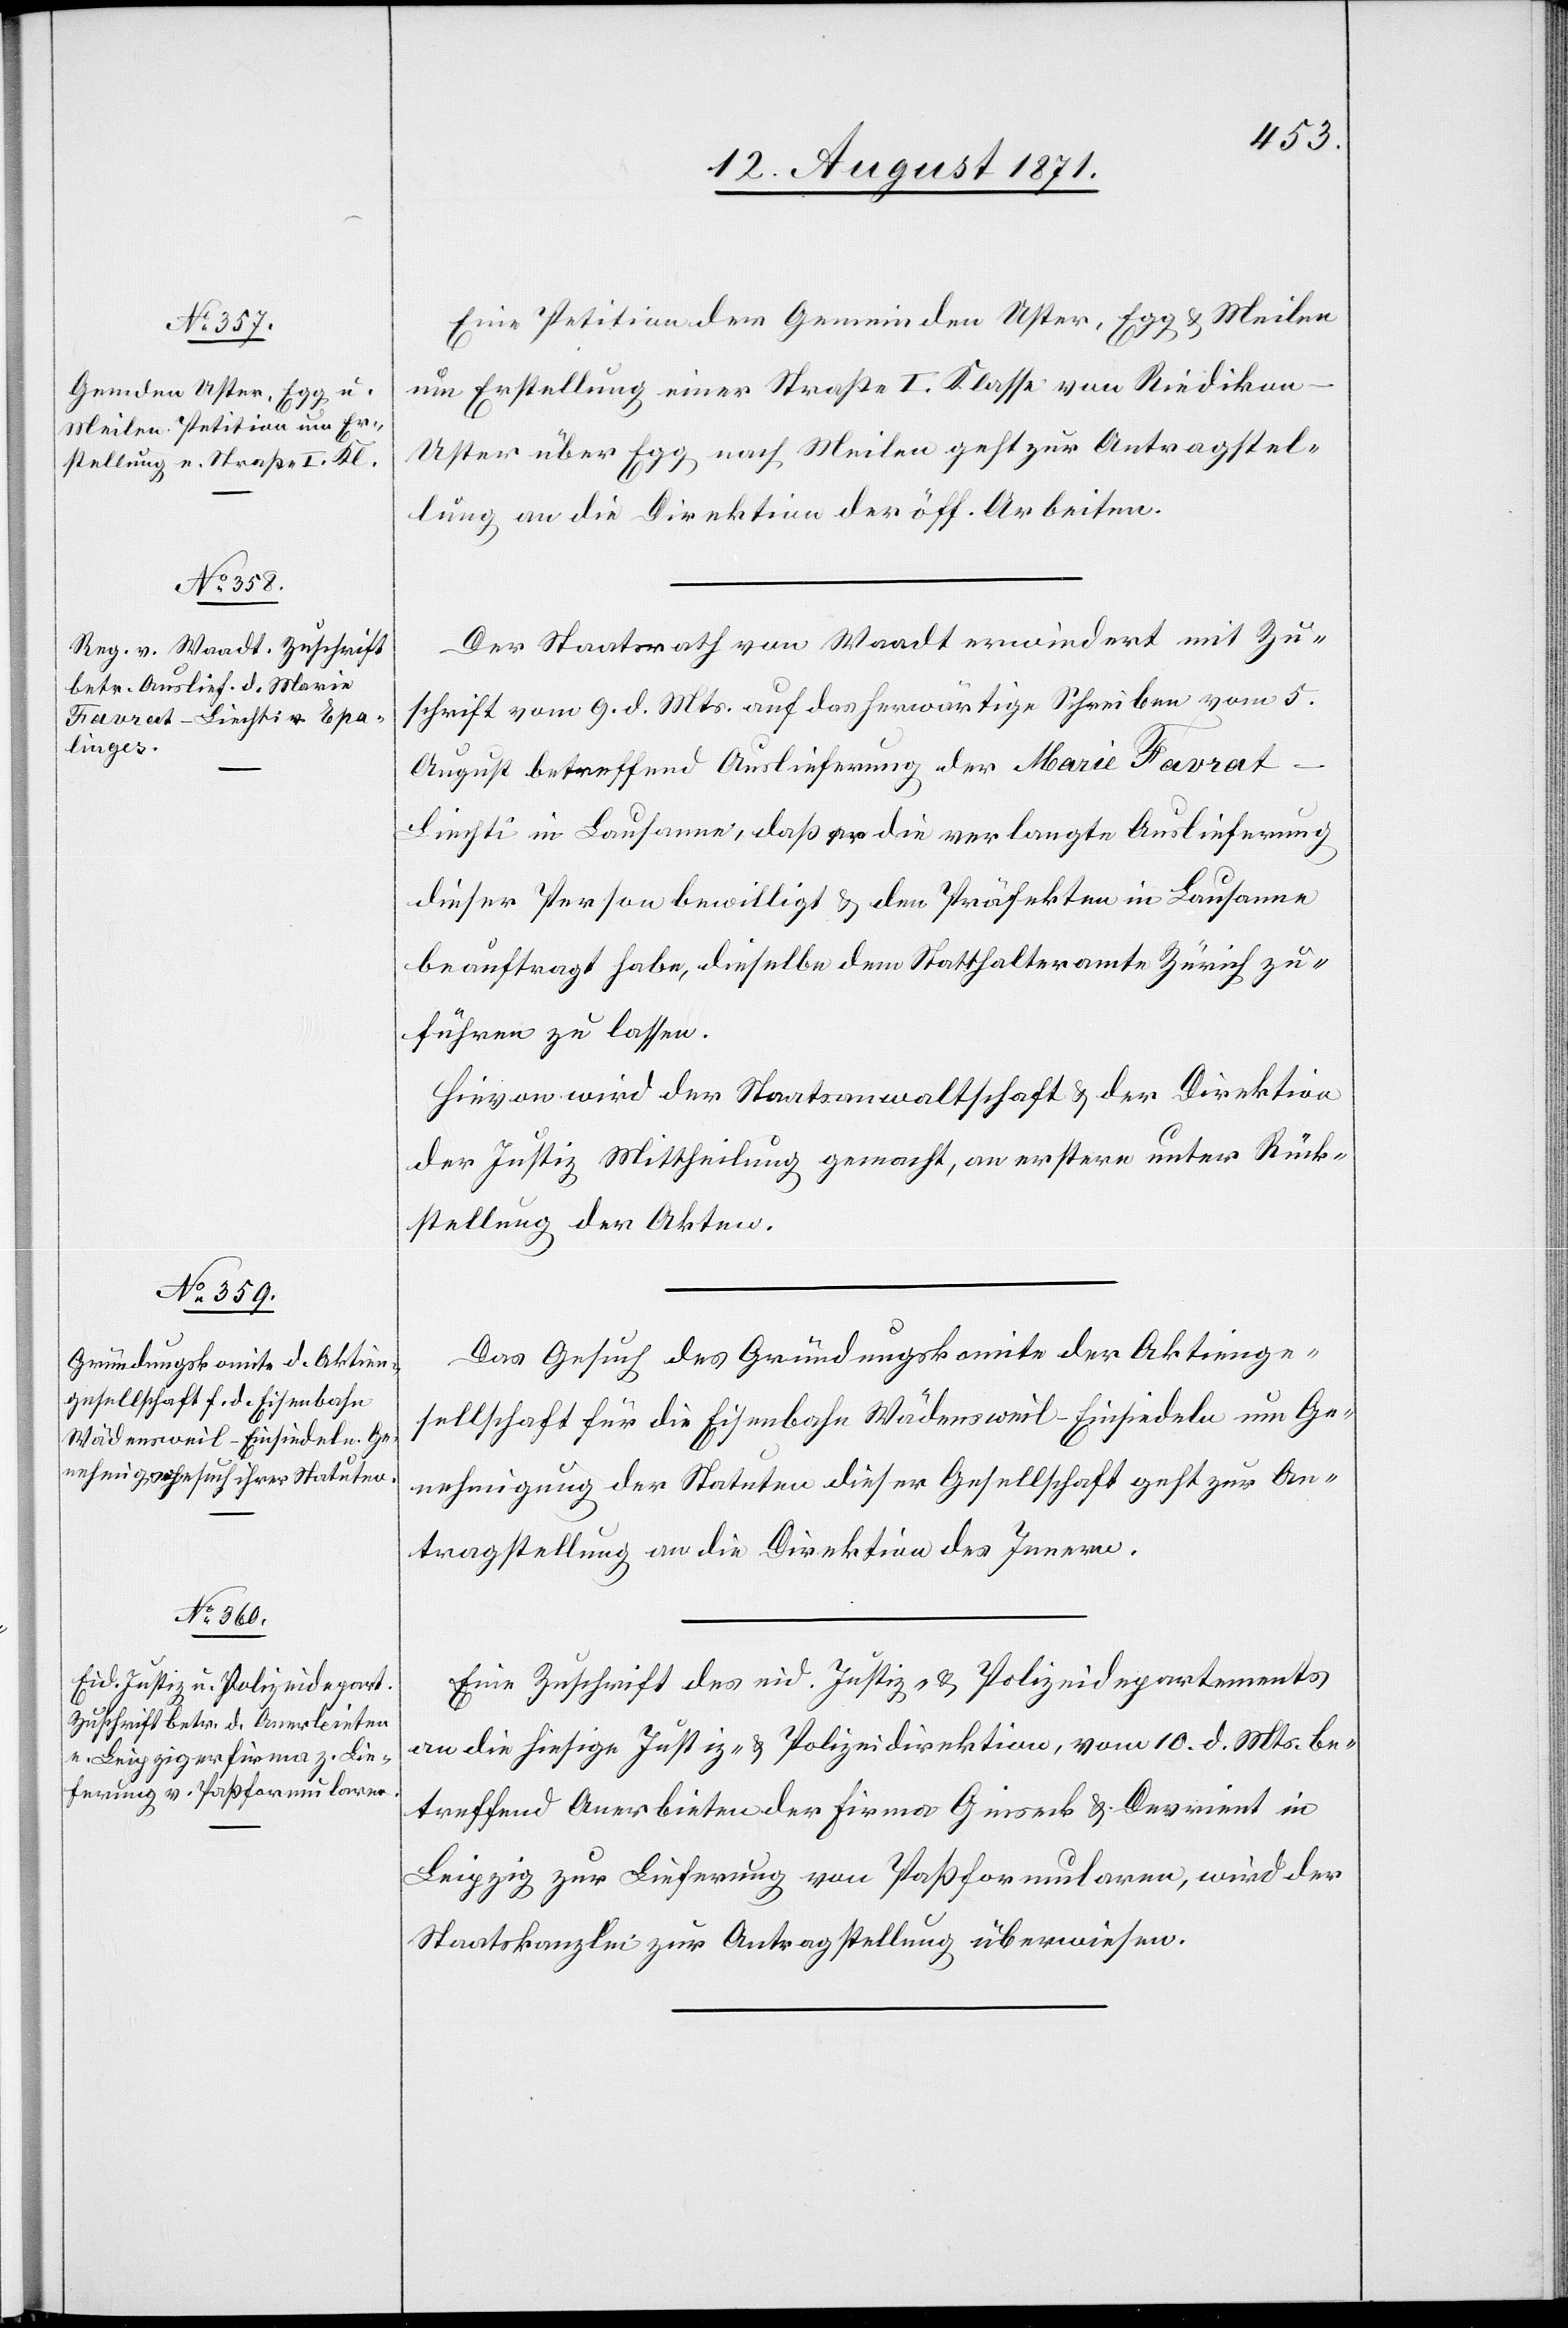
12. August 1871.]
Eine Petition der Gemeinden Uster, Egg & Meilen
um Erstellung einer Straße I. Klasse von Riedikon–U¬
ster über Egg nach Meilen geht zur Antragstel¬
lung an die Direktion der öff. Arbeiten.
Der Staatsrath von Waadt erwiedert mit Zu¬
schrift vom 9. d. Mts. auf das herwärtige Schreiben vom 5.
August betreffend Auslieferung der Marie Favrat-L¬
iechti in Lausanne, daß es die verlangte Auslieferung
dieser Person bewilligt & den Präfekten in Lausanne
beauftragt habe, dieselbe dem Statthalteramte Zürich zu¬
führen zu lassen.
Hievon wird der Staatsanwaltschaft & der Direktion
der Justiz Mittheilung gemacht, an erstere unter Rück¬
stellung der Akten
Das Gesuch des Gründungskomite der Aktienge¬
sellschaft für die Eisenbahn Wädensweil– Einsiedeln um Ge¬
nehmigung der Statuten dieser Gesellschaft geht zur An¬
tragstellung an die Direktion des Innern.
Eine Zuschrift des eid. Justiz- & Polizeidepartements
an die hiesige Justiz- & Polizeidirektion, vom 10. d. Mts. be¬
treffend Anerbieten der Firma Ginseck & Devrient in
Leipzig zur Lieferung von Paßformularen, wird der
Staatskanzlei zur Antragstellung überwiesen.